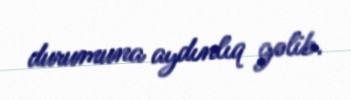
durumuna aydınlıq gəlib.